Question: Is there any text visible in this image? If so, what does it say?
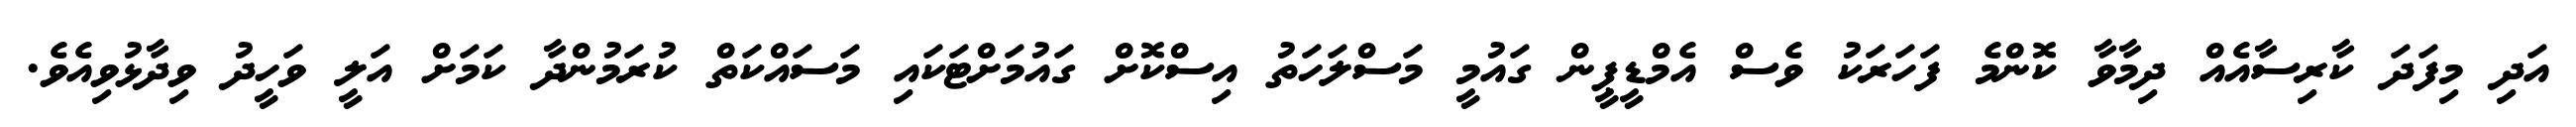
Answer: އަދި މިފަދަ ކާރިސާއެއް ދިމާވާ ކޮންމެ ފަހަރަކު ވެސް އެމްޑީޕީން ގައުމީ މަސްލަހަތު އިސްކޮށް ގައުމަށްޓަކައި މަސައްކަތް ކުރަމުންދާ ކަމަށް އަލީ ވަހީދު ވިދާޅުވިއެވެ.